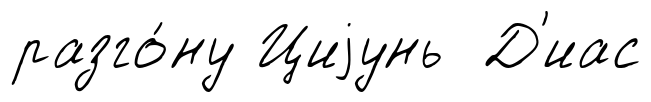
разго́ну Циjунь Д'иас